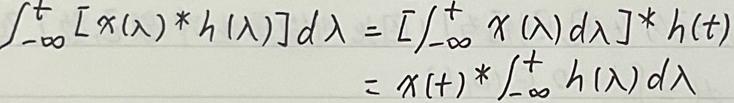
\[
\begin{align*}
\int_{-\infty}^{t}[x(\lambda)*h(\lambda)]d\lambda&=\left[\int_{-\infty}^{t}x(\lambda)d\lambda\right]*h(t)\\
&=x(t)*\int_{-\infty}^{t}h(\lambda)d\lambda
\end{align*}
\]